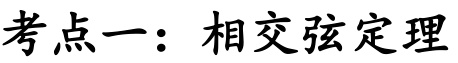
考点一：相交弦定理